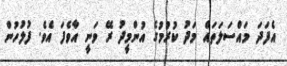
އެފަދަ މައްސަލަތައް މަދު ކުރުމުގެ އުންމީދު ރޭ ވަނީ އާވެފަ އެވެ. ފުލުހުން